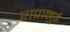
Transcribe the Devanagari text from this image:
रापानुई